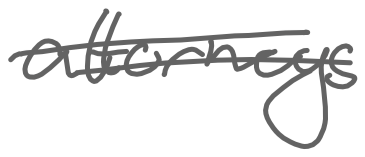
Text: attorneys
Cross-out: double-line
Writing tool: digital_gray